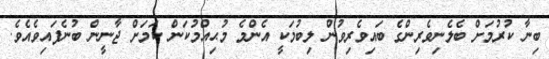
ބިނާ ކުރުމަށް ބެލެނިވެރިންގެ ބައިވެރިވުން ލިބުމަކީ އެންމެ މުޙިއްމުކަން ކަމަށް ޖާނީން ބުނެފައިވެއެވެ.